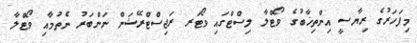
މިފަހަރުގެ ރިޔާސީ އިންތިޚާބުގެ ވޯޓްލާ ލިސްޓްގައި ވޯޓަރ ރަޖިސްޓްރޭޝަން ނަންބަރު ނެތުމާއި ވޯޓްލާ